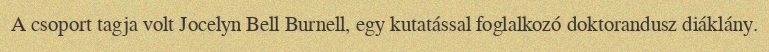
A csoport tagja volt Jocelyn Bell Burnell, egy kutatással foglalkozó doktorandusz diáklány.